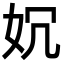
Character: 㚮